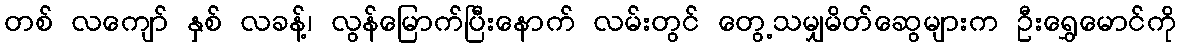
တစ် လကျော် နှစ် လခန့်၊ လွန်မြောက်ပြီးနောက် လမ်းတွင် တွေ့သမျှမိတ်ဆွေများက ဦးရွှေမောင်ကို